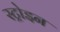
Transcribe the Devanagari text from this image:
स्ट्रोइन